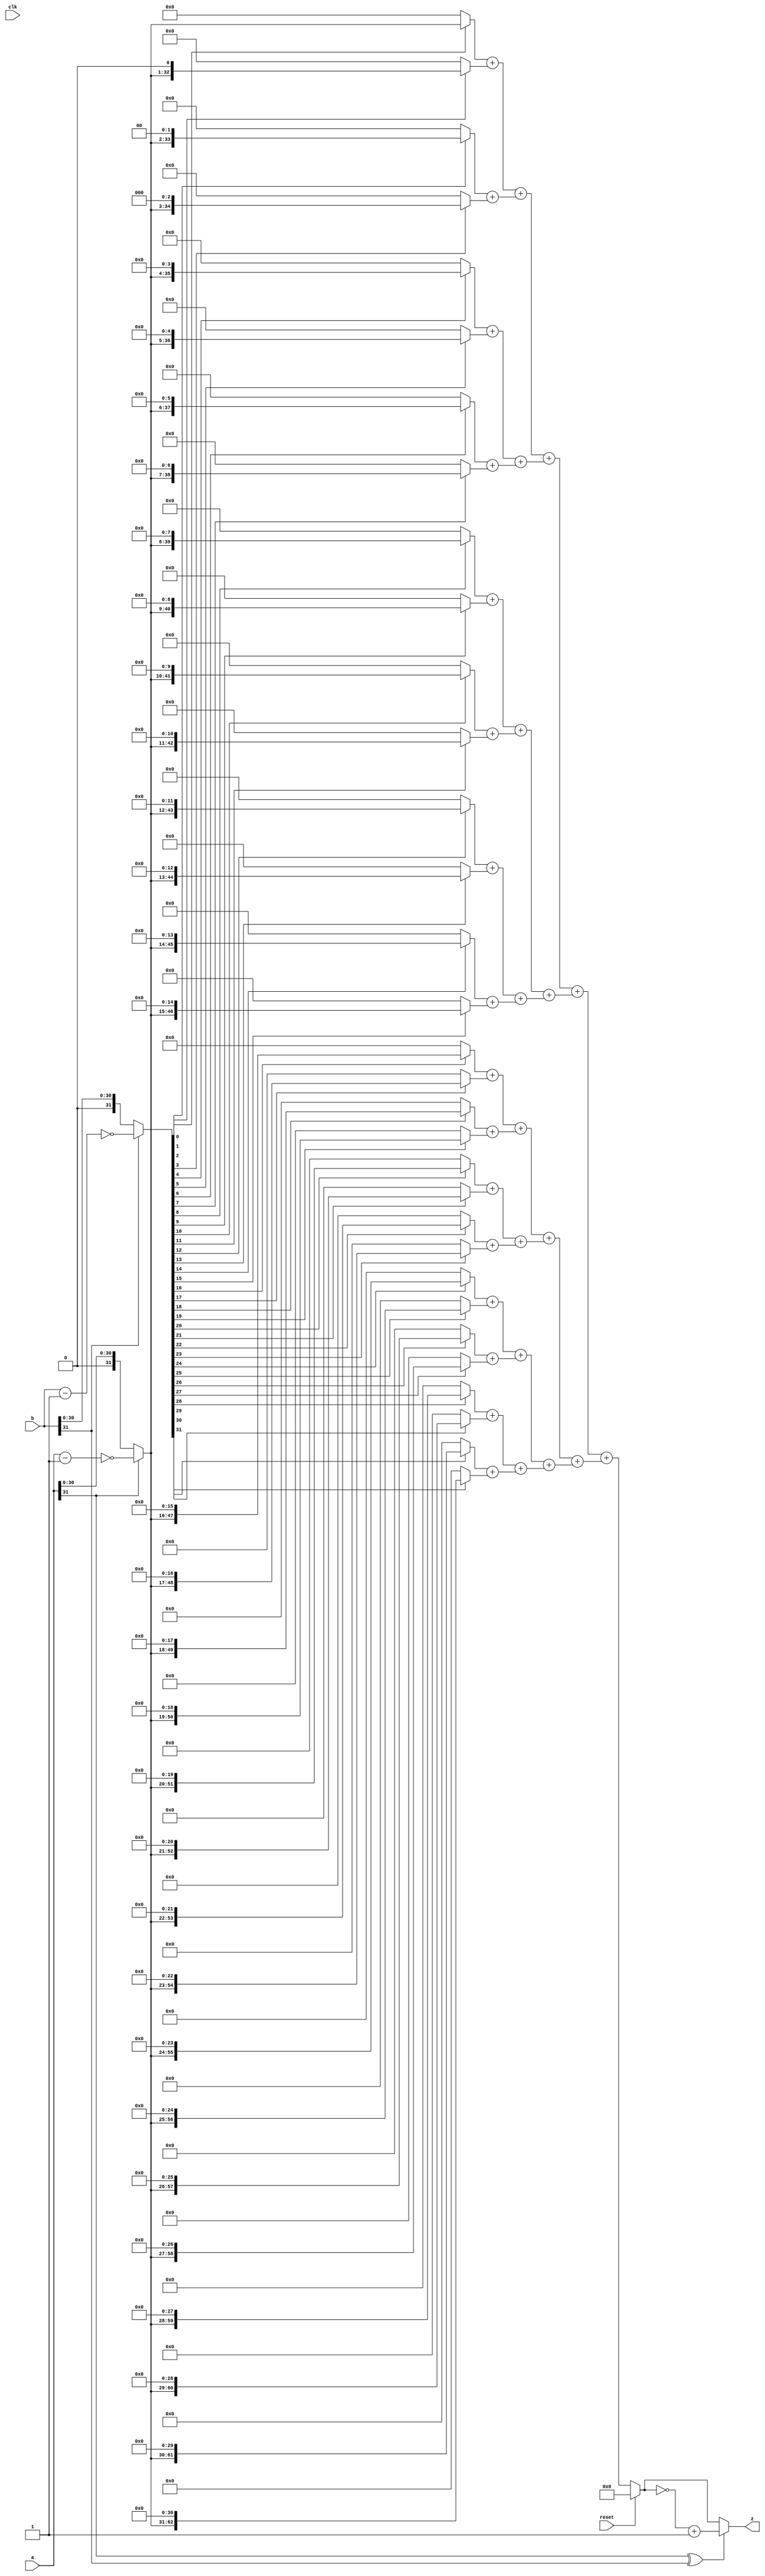
module MULT(
input clk,
input reset,
input [31:0]a,
input [31:0]b,
output [63:0]z
    );
    reg [63:0] temp;
    reg [63:0] stored0;
    reg [63:0] stored1;
    reg [63:0] stored2;
    reg [63:0] stored3;
    reg [63:0] stored4;
    reg [63:0] stored5;
    reg [63:0] stored6;
    reg [63:0] stored7;
    reg [63:0] stored8;
    reg [63:0] stored9;
    reg [63:0] stored10;
    reg [63:0] stored11;
    reg [63:0] stored12;
    reg [63:0] stored13;
    reg [63:0] stored14;
    reg [63:0] stored15;
    reg [63:0] stored16;
    reg [63:0] stored17;
    reg [63:0] stored18;
    reg [63:0] stored19;
    reg [63:0] stored20;
    reg [63:0] stored21;
    reg [63:0] stored22;
    reg [63:0] stored23;
    reg [63:0] stored24;
    reg [63:0] stored25;
    reg [63:0] stored26;
    reg [63:0] stored27;
    reg [63:0] stored28;
    reg [63:0] stored29;
    reg [63:0] stored30;
    reg [63:0] stored31;
    /*---------------------------*/
    reg [63:0] add01;
    reg [63:0] add23;
    reg [63:0] add45;
    reg [63:0] add67;
    reg [63:0] add89;
    reg [63:0] add1011;
    reg [63:0] add1213;
    reg [63:0] add1415;
    reg [63:0] add1617;
    reg [63:0] add1819;
    reg [63:0] add2021;
    reg [63:0] add2223;
    reg [63:0] add2425;
    reg [63:0] add2627;
    reg [63:0] add2829;
    reg [63:0] add3031;
    /*--------------------------*/
    reg [63:0] add0123;
    reg [63:0] add4567;
    reg [63:0] add891011;
    reg [63:0] add12131415;
    reg [63:0] add16171819;
    reg [63:0] add20212223;
    reg [63:0] add24252627;
    reg [63:0] add28293031;
    /*-----------------------------*/
    reg [63:0] add01234567;
    reg [63:0] add89101112131415;
    reg [63:0] add1617181920212223;
    reg [63:0] add2425262728293031;
    /*-----------------------------*/
    reg [63:0] add0_15;
    reg [63:0] add16_31;
    /*------------------------------*/
   // reg [63:0] add0_31;
   

   
   wire [31:0] aa; 
   wire [31:0] bb; 
   
   assign aa=a[31]?(~(a-1)) :a; 
   assign bb=b[31]?(~(b-1)) :b;
    
   always @(*)
   begin
   if(reset)
   begin
   temp=0;
   stored0 = 0;
   stored1 = 0;
   stored2 = 0;
   stored3 = 0;
   stored4 = 0;
   stored5 = 0;
   stored6 = 0;
   stored7 = 0;
   stored8 = 0;
   stored9 = 0;
   stored10 = 0;
   stored11 = 0;
   stored12 = 0;
   stored13 = 0;
   stored14 = 0;
   stored15 = 0;
   stored16 = 0;
   stored17 = 0;
   stored18 = 0;
   stored19 = 0;
   stored20 = 0;
   stored21 = 0;
   stored22 = 0;
   stored23 = 0;
   stored24 = 0;
   stored25 = 0;
   stored26 = 0;
   stored27 = 0;
   stored28 = 0;
   stored29 = 0;
   stored30 = 0;
   stored31 = 0;
   add01 = 0;
   add23 = 0;
   add45 = 0;
   add67 = 0;
   add89 = 0;
   add1011 = 0;
   add1213 = 0;
   add1415 = 0;
   add1617 = 0;
   add1819 = 0;
   add2021 = 0;
   add2223 = 0;
   add2425 = 0;
   add2627 = 0;
   add2829 = 0;
   add3031 = 0;
   add0123 = 0;
   add4567 = 0;
   add891011 = 0;
   add12131415 = 0;
   add16171819 = 0;
   add20212223 = 0;
   add24252627 = 0;
   add28293031 = 0;
   add01234567 = 0;
   add89101112131415 = 0;
   add1617181920212223 = 0;
   add2425262728293031 = 0;
   add0_15 = 0;
   add16_31 = 0;
   //add0_31 = 0;

   end
   else
   begin
   

   stored0 = bb[0] ? {32'b0 , aa} : 64'b0;
   stored1 = bb[1] ? {31'b0 , aa , 1'b0} : 64'b0;
   stored2 = bb[2] ? {30'b0 , aa , 2'b0} : 64'b0;
   stored3 = bb[3] ? {29'b0 , aa , 3'b0} : 64'b0;
   stored4 = bb[4] ? {28'b0 , aa , 4'b0} : 64'b0;
   stored5 = bb[5] ? {27'b0 , aa , 5'b0} : 64'b0;
   stored6 = bb[6] ? {26'b0 , aa , 6'b0} : 64'b0;
   stored7 = bb[7] ? {25'b0 , aa , 7'b0} : 64'b0;
   stored8 = bb[8] ? {24'b0 , aa , 8'b0} : 64'b0;
   stored9 = bb[9] ? {23'b0 , aa , 9'b0} : 64'b0;
   stored10 = bb[10] ? {22'b0 , aa , 10'b0} : 64'b0;
   stored11 = bb[11] ? {21'b0 , aa , 11'b0} : 64'b0;
   stored12 = bb[12] ? {20'b0 , aa , 12'b0} : 64'b0;
   stored13 = bb[13] ? {19'b0 , aa , 13'b0} : 64'b0;
   stored14 = bb[14] ? {18'b0 , aa , 14'b0} : 64'b0;
   stored15 = bb[15] ? {17'b0 , aa , 15'b0} : 64'b0;
   stored16 = bb[16] ? {16'b0 , aa , 16'b0} : 64'b0;
   stored17 = bb[17] ? {15'b0 , aa , 17'b0} : 64'b0;
   stored18 = bb[18] ? {14'b0 , aa , 18'b0} : 64'b0;
   stored19 = bb[19] ? {13'b0 , aa , 19'b0} : 64'b0;
   stored20 = bb[20] ? {12'b0 , aa , 20'b0} : 64'b0;
   stored21 = bb[21] ? {11'b0 , aa , 21'b0} : 64'b0;
   stored22 = bb[22] ? {10'b0 , aa , 22'b0} : 64'b0;
   stored23 = bb[23] ? {9'b0 , aa , 23'b0} : 64'b0;
   stored24 = bb[24] ? {8'b0 , aa , 24'b0} : 64'b0;
   stored25 = bb[25] ? {7'b0 , aa , 25'b0} : 64'b0;
   stored26 = bb[26] ? {6'b0 , aa , 26'b0} : 64'b0;
   stored27 = bb[27] ? {5'b0 , aa , 27'b0} : 64'b0;
   stored28 = bb[28] ? {4'b0 , aa , 28'b0} : 64'b0;
   stored29 = bb[29] ? {3'b0 , aa , 29'b0} : 64'b0;
   stored30 = bb[30] ? {2'b0 , aa , 30'b0} : 64'b0;
   stored31 = bb[31] ? {1'b0 , aa , 31'b0} : 64'b0;
   
   add01 = stored0 + stored1;
   add23 = stored2 + stored3;
   add45 = stored4 + stored5;
   add67 = stored6 + stored7;
   add89 = stored8 + stored9;
   add1011 = stored10 + stored11;
   add1213 = stored12 + stored13;
   add1415 = stored14 + stored15;
   add1617 = stored16 + stored17;
   add1819 = stored18 + stored19;
   add2021 = stored20 + stored21;
   add2223 = stored22 + stored23;
   add2425 = stored24 + stored25;
   add2627 = stored26 + stored27;
   add2829 = stored28 + stored29;
   add3031 = stored30 + stored31;
   
   add0123 = add01 + add23;
   add4567 = add45 + add67;
   add891011 = add89 + add1011;
   add12131415 = add1213 + add1415;
   add16171819 = add1617 + add1819;
   add20212223 = add2021 + add2223;
   add24252627 = add2425 + add2627;
   add28293031 = add2829 + add3031;
   
   add01234567 = add0123 + add4567;
   add89101112131415 = add891011 + add12131415;
   add1617181920212223 = add16171819 + add20212223;
   add2425262728293031 = add24252627 + add28293031;
   
   add0_15 = add01234567 + add89101112131415;
   add16_31 = add1617181920212223 + add2425262728293031;
   
  // add0_31 = add0_15 + add16_31;
   temp = add0_15 + add16_31;
   

   end
   end
   assign z= (a[31]^b[31]) ?((~temp)+1): temp;
   
endmodule